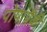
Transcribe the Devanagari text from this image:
पोपांपैकी